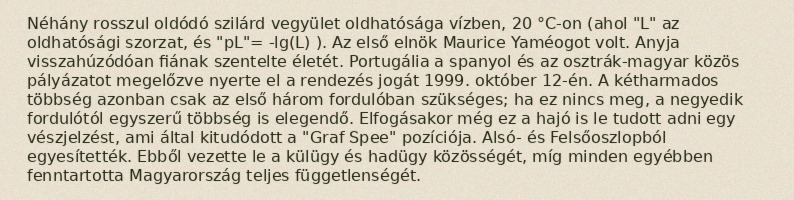
Néhány rosszul oldódó szilárd vegyület oldhatósága vízben, 20 °C-on (ahol "L" az oldhatósági szorzat, és "pL"= -lg(L) ). Az első elnök Maurice Yaméogot volt. Anyja visszahúzódóan fiának szentelte életét. Portugália a spanyol és az osztrák-magyar közös pályázatot megelőzve nyerte el a rendezés jogát 1999. október 12-én. A kétharmados többség azonban csak az első három fordulóban szükséges; ha ez nincs meg, a negyedik fordulótól egyszerű többség is elegendő. Elfogásakor még ez a hajó is le tudott adni egy vészjelzést, ami által kitudódott a "Graf Spee" pozíciója. Alsó- és Felsőoszlopból egyesítették. Ebből vezette le a külügy és hadügy közösségét, míg minden egyébben fenntartotta Magyarország teljes függetlenségét.